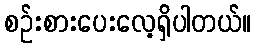
စဉ်းစားပေးလေ့ရှိပါတယ်။